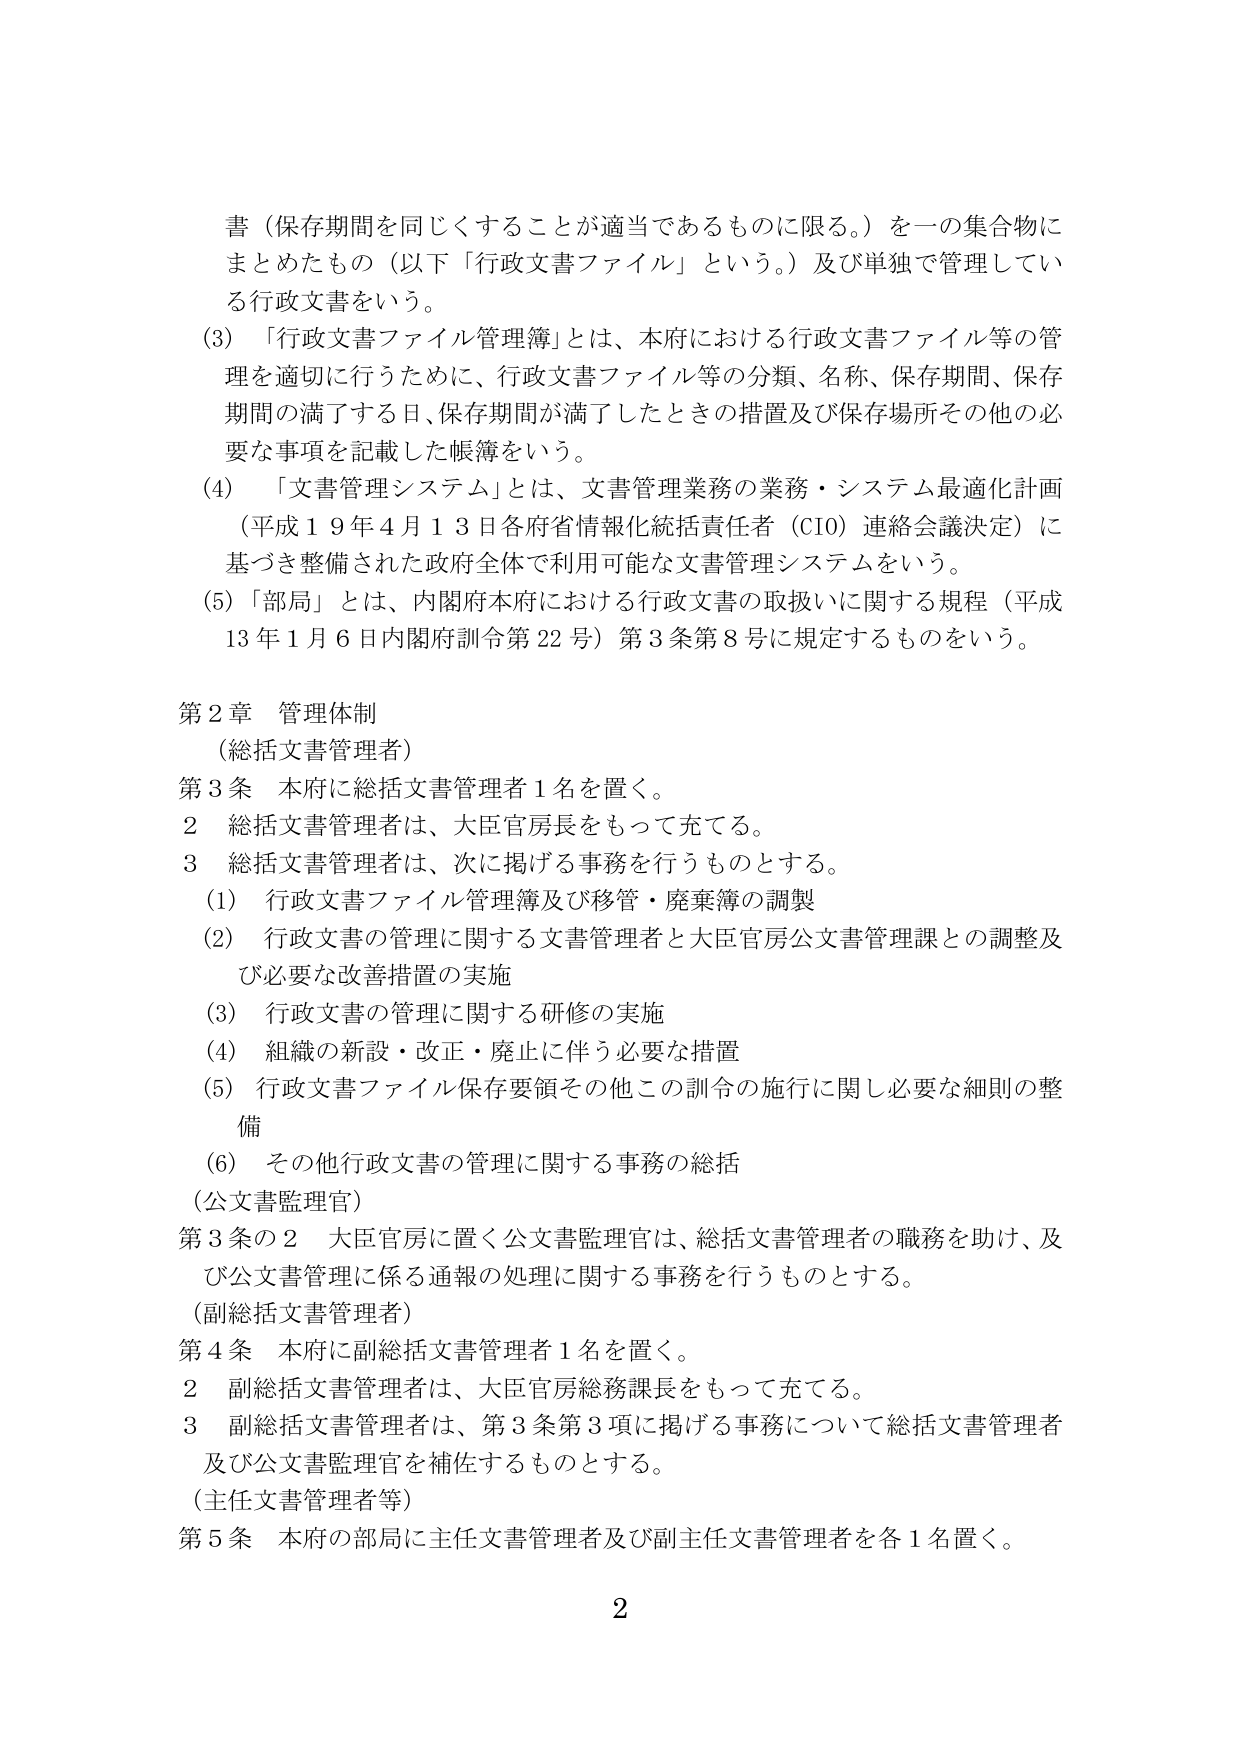
書（保存期間を同じくすることが適当であるものに限る。）を一の集合物にまとめたもの（以下「行政文書ファイル」という。）及び単独で管理している行政文書をいう。

(3) 「行政文書ファイル管理簿」とは、本府における行政文書ファイル等の管理を適切に行うために、行政文書ファイル等の分類、名称、保存期間、保存期間の満了する日、保存期間が満了したときの措置及び保存場所その他の必要な事項を記載した帳簿をいう。

(4) 「文書管理システム」とは、文書管理業務の業務・システム最適化計画（平成19年4月13日各府省情報化統括責任者（CIO）連絡会議決定）に基づき整備された政府全体で利用可能な文書管理システムをいう。

(5) 「部局」とは、内閣府本府における行政文書の取扱いに関する規程（平成13年1月6日内閣府訓令第22号）第3条第8号に規定するものをいう。

第2章 管理体制

（総括文書管理者）

第3条 本府に総括文書管理者1名を置く。

2 総括文書管理者は、大臣官房長をもって充てる。

3 総括文書管理者は、次に掲げる事務を行うものとする。

(1) 行政文書ファイル管理簿及び移管・廃棄簿の調製

(2) 行政文書の管理に関する文書管理者と大臣官房公文書管理課との調整及び必要な改善措置の実施

(3) 行政文書の管理に関する研修の実施

(4) 組織の新設・改正・廃止に伴う必要な措置

(5) 行政文書ファイル保存要領その他この訓令の施行に関し必要な細則の整備

(6) その他行政文書の管理に関する事務の総括

（公文書監理官）

第3条の2 大臣官房に置く公文書監理官は、総括文書管理者の職務を助け、及び公文書管理に係る通報の処理に関する事務を行うものとする。

（副総括文書管理者）

第4条 本府に副総括文書管理者1名を置く。

2 副総括文書管理者は、大臣官房総務課長をもって充てる。

3 副総括文書管理者は、第3条第3項に掲げる事務について総括文書管理者及び公文書監理官を補佐するものとする。

（主任文書管理者等）

第5条 本府の部局に主任文書管理者及び副主任文書管理者を各1名置く。

2